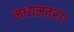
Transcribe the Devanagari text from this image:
मध्यमतरंग